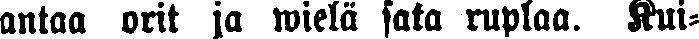
antaa orit ja wielä sata ruplaa. Kui-